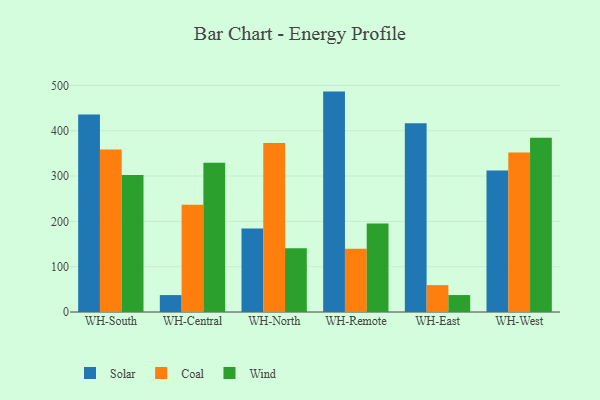
{"axis": {"x": "Warehouse", "y": "Budget (USD K)"}, "legend": ["Coal", "Solar", "Wind"], "data": [{"x": "WH-South", "y": 435.8, "type": "Solar"}, {"x": "WH-South", "y": 358.3, "type": "Coal"}, {"x": "WH-South", "y": 302.4, "type": "Wind"}, {"x": "WH-Central", "y": 37.3, "type": "Solar"}, {"x": "WH-Central", "y": 236.5, "type": "Coal"}, {"x": "WH-Central", "y": 329.5, "type": "Wind"}, {"x": "WH-North", "y": 184.2, "type": "Solar"}, {"x": "WH-North", "y": 372.7, "type": "Coal"}, {"x": "WH-North", "y": 140.6, "type": "Wind"}, {"x": "WH-Remote", "y": 486.3, "type": "Solar"}, {"x": "WH-Remote", "y": 139.6, "type": "Coal"}, {"x": "WH-Remote", "y": 195.3, "type": "Wind"}, {"x": "WH-East", "y": 416.3, "type": "Solar"}, {"x": "WH-East", "y": 59.3, "type": "Coal"}, {"x": "WH-East", "y": 37.4, "type": "Wind"}, {"x": "WH-West", "y": 312.2, "type": "Solar"}, {"x": "WH-West", "y": 352.0, "type": "Coal"}, {"x": "WH-West", "y": 384.6, "type": "Wind"}]}